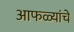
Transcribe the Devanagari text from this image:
आफळ्यांचे